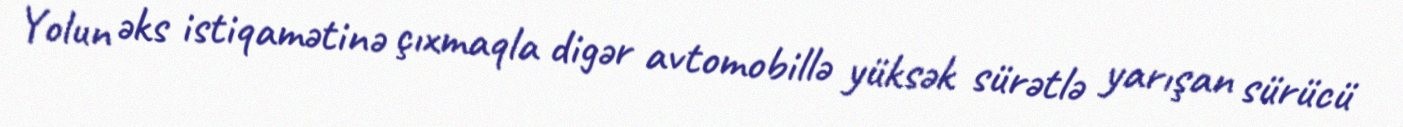
Yolun əks istiqamətinə çıxmaqla digər avtomobillə yüksək sürətlə yarışan sürücü